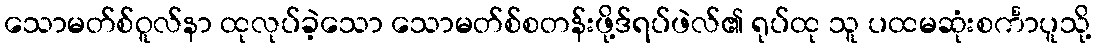
သောမတ်စ်ဝူလ်နာ ထုလုပ်ခဲ့သော သောမတ်စ်စတန်းဖို့ဒ်ရပ်ဖဲလ်၏ ရုပ်ထု သူ ပထမဆုံးစင်္ကာပူသို့